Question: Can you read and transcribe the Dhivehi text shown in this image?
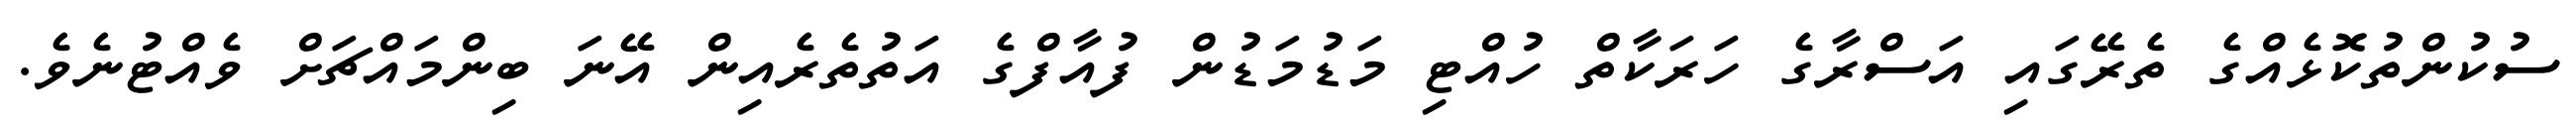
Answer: ސުކުންތުކޮޅެއްގެ ތެރޭގައި އަސްރާގެ ހަރަކާތް ހުއްޓި މަޑުމަޑުން ފުއާފްގެ އަތުތެރެއިން އޭނަ ބިންމައްޗަށް ވެއްޓުނެވެ.